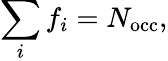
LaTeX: {\displaystyle\sum_{i}f_{i}=N_{\mathrm{occ}}},